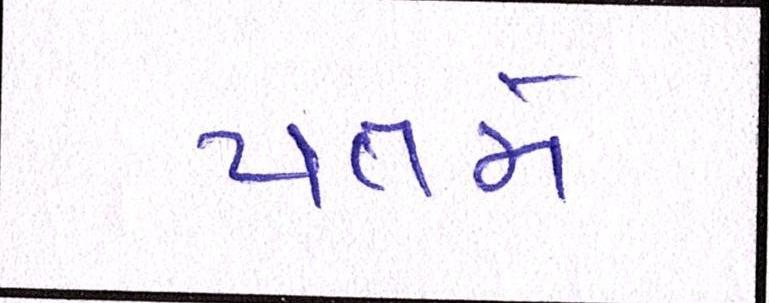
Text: પતમે